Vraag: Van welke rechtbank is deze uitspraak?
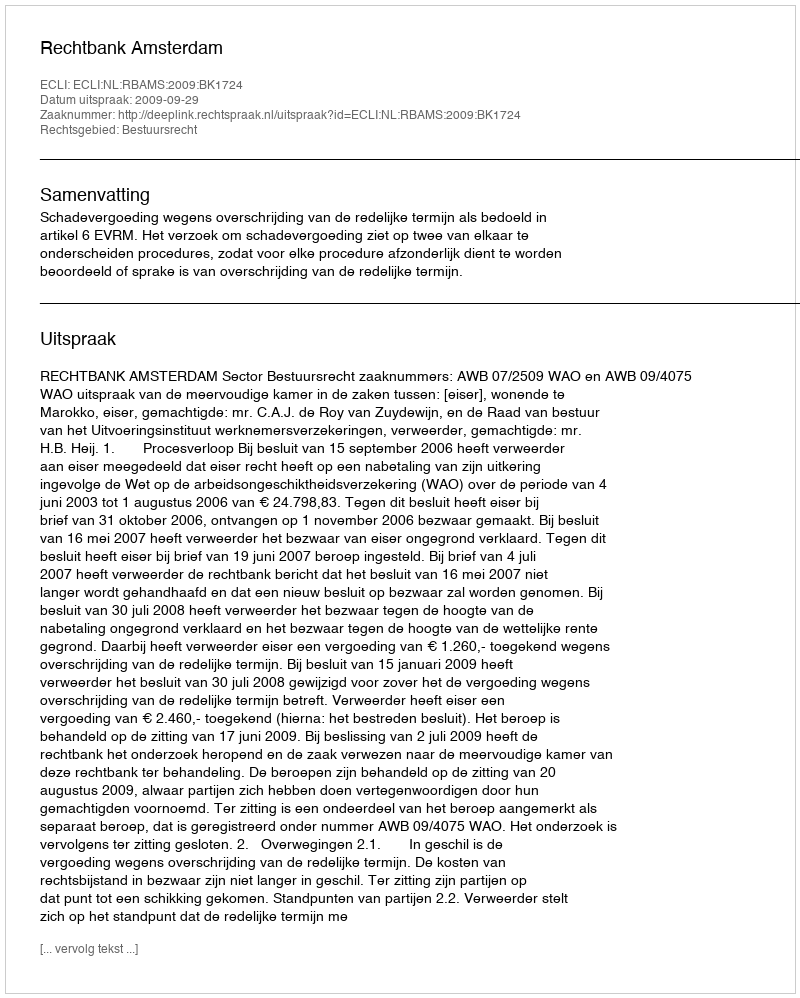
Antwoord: Rechtbank Amsterdam